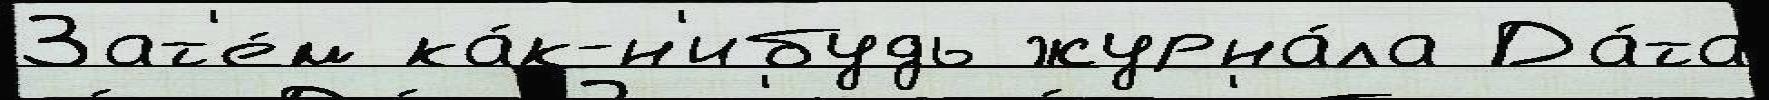
Зат'е́м ка́к-н'ибудь журна́ла Да́та